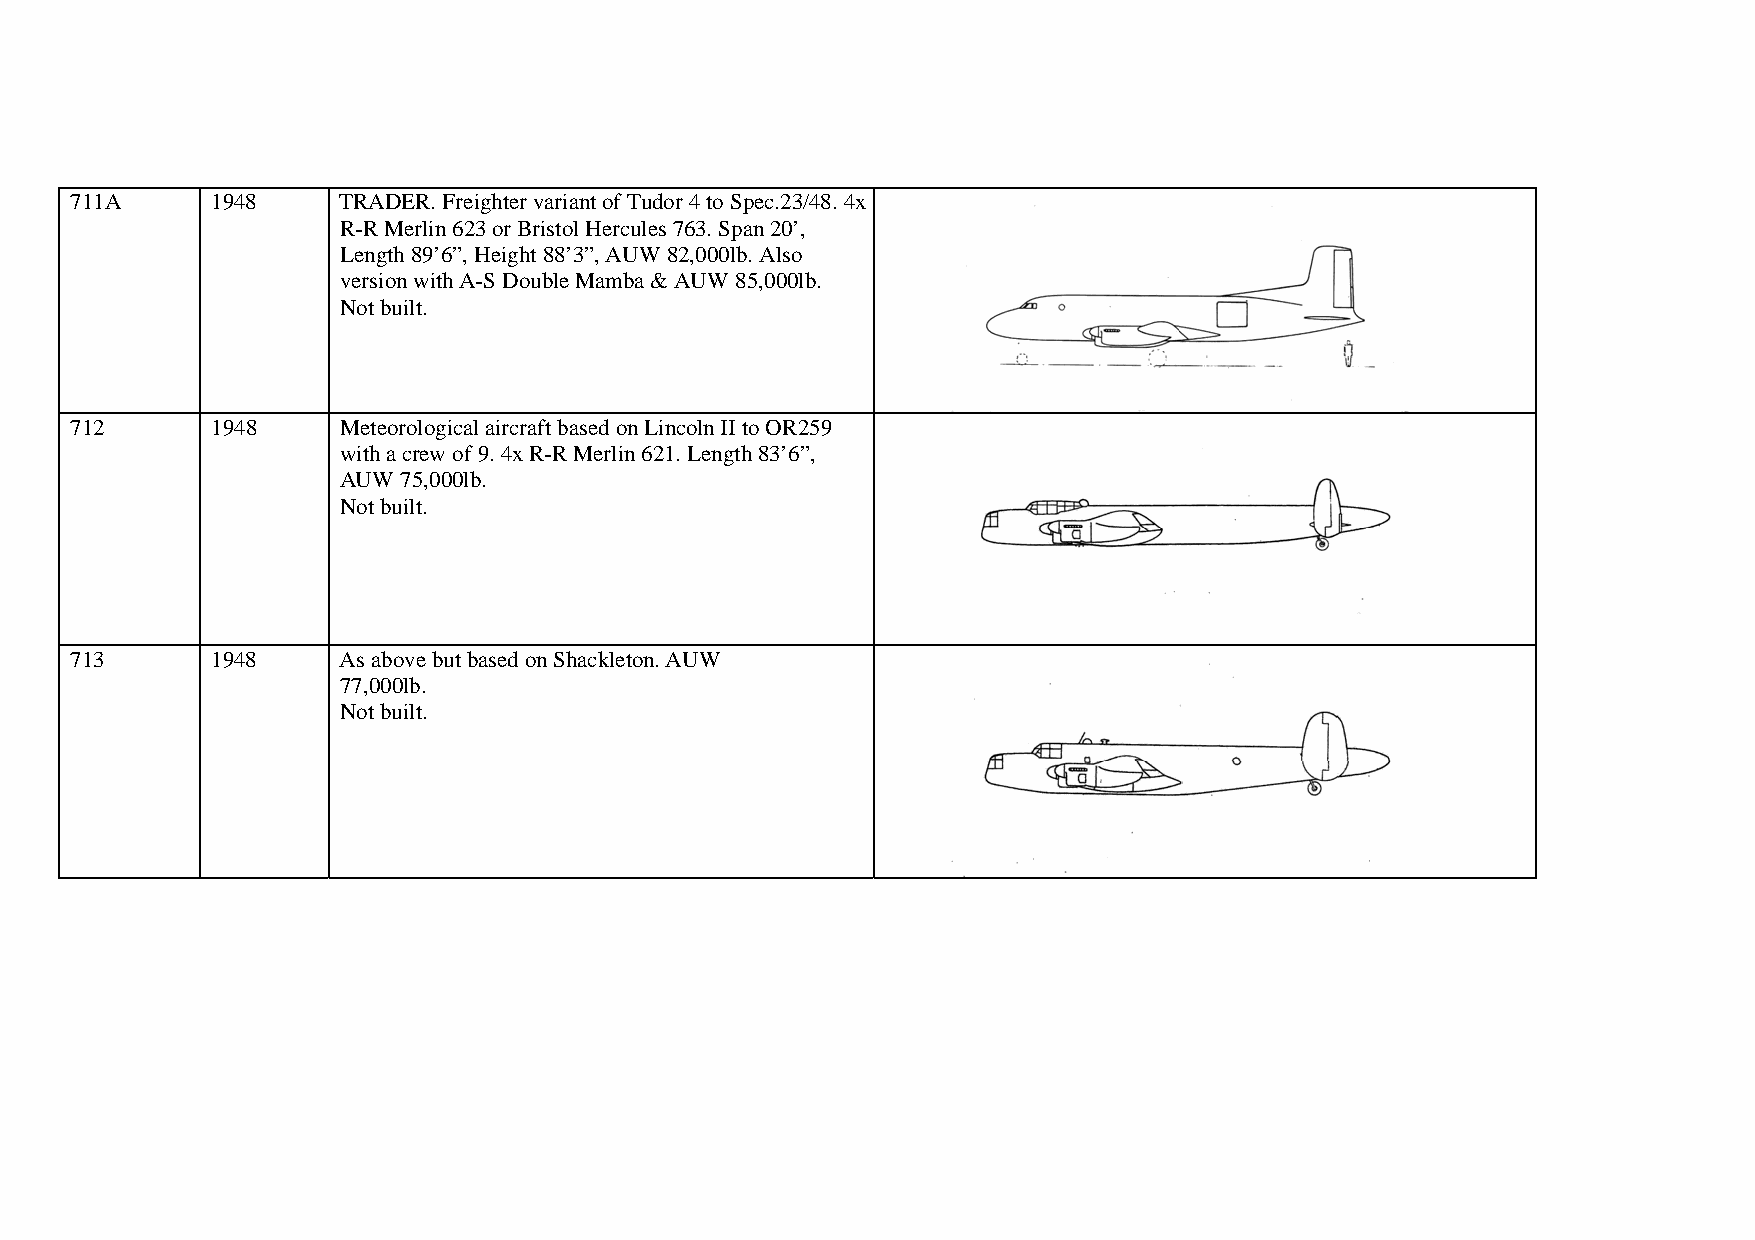
711A     1948    TRADER. Freighter variant of Tudor 4 to Spec.23/48. 4x
 R-R Merlin 623 or Bristol Hercules 763. Span 20’,
 Length 89’6”, Height 88’3”, AUW 82,000lb. Also
 version with A-S Double Mamba & AUW 85,000lb.
 Not built.
 712      1948    Meteorological aircraft based on Lincoln II to OR259
 with a crew of 9. 4x R-R Merlin 621. Length 83’6”,
 AUW 75,000lb.
 Not built.
 713      1948    As above but based on Shackleton. AUW
 77,000lb.
 Not built.